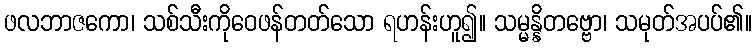
ဖလဘာဇကော၊ သစ်သီးကိုဝေဖန်တတ်သော ရဟန်းဟူ၍။ သမ္မန္နိတဗ္ဗော၊ သမုတ်အပပ်၏။